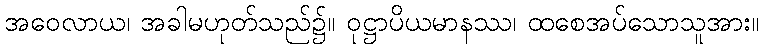
အဝေလာယ၊ အခါမဟုတ်သည်၌။ ဝုဋ္ဌာပိယမာနဿ၊ ထစေအပ်သောသူအား။